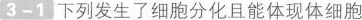
3-1下列发生了细胞分化且能体现体细胞